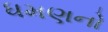
ધમણનો